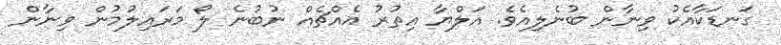
ގަނޑަކާއެކު ވިނާން ބުނެލިއެވެ. އަލްޔާ އިތުރު އެއްޗެއް ނުބުނެ ލޯ މަރައިލުމުން ވިނާން